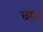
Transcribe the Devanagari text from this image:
छाज